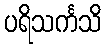
ပရိသင်္ကသိ